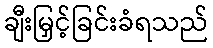
ချီးမြှင့်ခြင်းခံရသည်